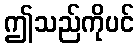
ဤသည်ကိုပင်